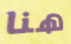
هنا